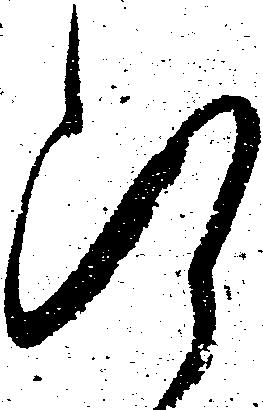
断